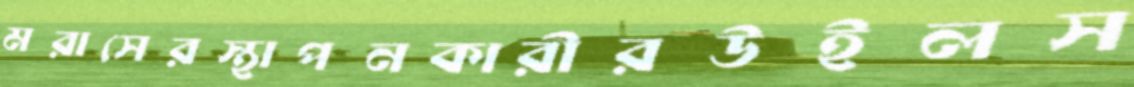
মরাসেরস্থাপনকারীরউইলস